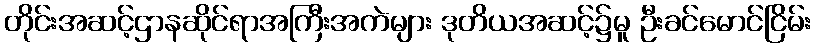
တိုင်းအဆင့်ဌာနဆိုင်ရာအကြီးအကဲများ ဒုတိယအဆင့်၌မူ ဦးခင်မောင်ငြိမ်း